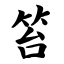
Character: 笞